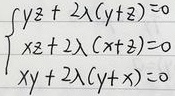
\[
\begin{cases}
y z + 2 \lambda(y + z)=0\\
x z + 2 \lambda(x + z)=0\\
x y + 2 \lambda(y + x)=0
\end{cases}
\]